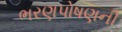
ભરણપોષણની